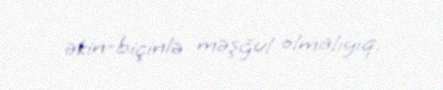
əkin-biçinlə məşğul olmalıyıq.